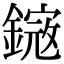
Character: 𨫕